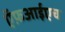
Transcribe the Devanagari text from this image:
ऍफ़आईएच